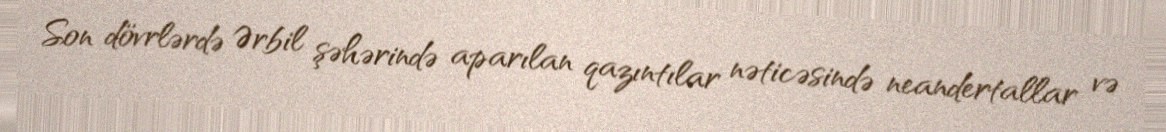
Son dövrlərdə Ərbil şəhərində aparılan qazıntılar nəticəsində neandertallar və